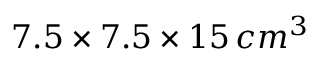
7 . 5 \times 7 . 5 \times 1 5 \, c m ^ { 3 }